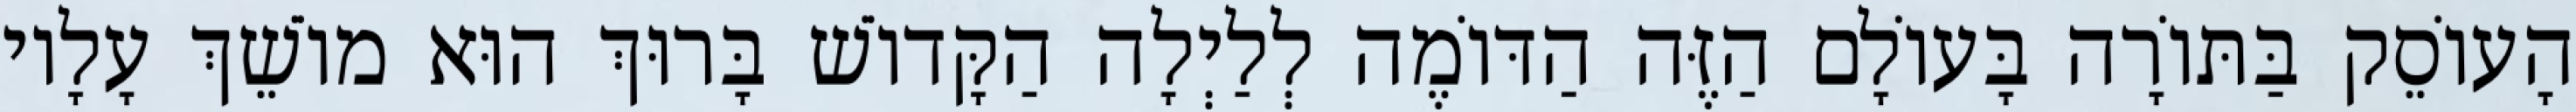
הָעוֹסֵק בַּתּוֹרָה בָּעוֹלָם הַזֶּה הַדּוֹמֶה לְלַיְלָה הַקָּדוֹשׁ בָּרוּךְ הוּא מוֹשֵׁךְ עָלָיו